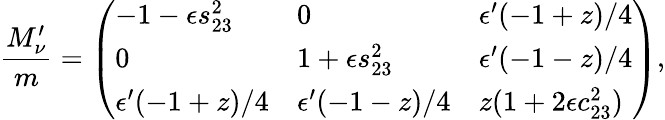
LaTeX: \frac{M_{\nu}^{\prime}}{m}=\left(\begin{array}{lll}{{-1-\epsilon s_{23}^{2}}}&{{0}}&{{\epsilon^{\prime}(-1+z)/4}}\\ {{0}}&{{1+\epsilon s_{23}^{2}}}&{{\epsilon^{\prime}(-1-z)/4}}\\ {{\epsilon^{\prime}(-1+z)/4}}&{{\epsilon^{\prime}(-1-z)/4}}&{{z(1+2\epsilon c_{23}^{2})}}\end{array}\right),